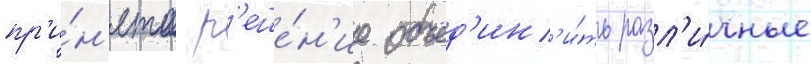
пр'и́н'ято р'еше́н'ие объед'ин'и́ть разл'и́чные